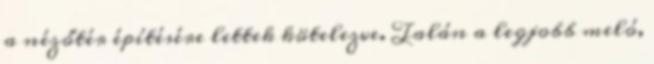
a nézőtér építésére lettek kötelezve. Talán a legjobb meló,